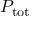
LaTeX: P _ { \mathrm { { t o t } } }